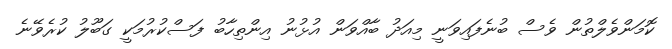
ކޮމަންވެލްތުން ވެސް ބުނެފައިވަނީ މިއަދު ބާއްވަން އުޅުނު އިންތިހާބު ފަސްކުރުމަކީ ގަބޫލު ކުރެވޭނެ